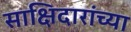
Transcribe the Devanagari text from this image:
साक्षिदारांच्या